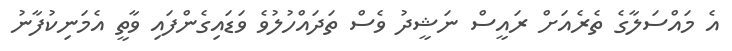
އެ މައްސަލާގެ ތެރެއަށް ރައީސް ނަޝީދު ވެސް ތަދައްހުލުވެ ވަޑައިގެންފައި ވާތީ އެމަނިކުފާނު